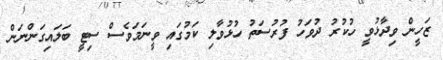
ޒަހީން ވިދާޅުވީ ހުކުރު ދުވަހު ފުރުސަތު ހުޅުވާލި ކަމުގައި ވީނަމަވެސް ސިޓީ ބަލައިގަންނަން